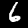
Digit: 6